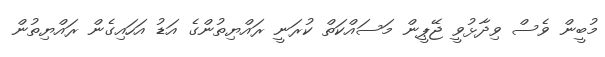
މުބީން ވެސް ވިދާޅުވީ ޖޭޕީން މަސައްކަތް ކުރަނީ ރައްޔިތުންގެ އަޑު އަހައިގެން ރައްޔިތުން